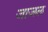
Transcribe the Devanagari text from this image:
जाजल